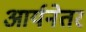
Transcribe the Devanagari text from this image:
आर्यनेतर